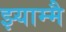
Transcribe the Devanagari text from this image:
झ्याम्मै